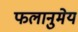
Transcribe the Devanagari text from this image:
फलानुमेय